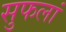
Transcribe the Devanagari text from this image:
सुफलां